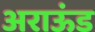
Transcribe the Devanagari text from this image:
अराऊंड